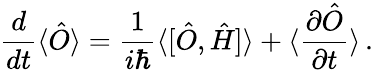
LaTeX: \frac{d}{dt}\langle\hat{O}\rangle=\frac{1}{i\hbar}\langle[\hat{O},\hat{H}]\rangle+\langle\frac{\partial\hat{O}}{\partial t}\rangle\, .